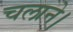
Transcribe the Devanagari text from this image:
चलाने।